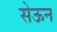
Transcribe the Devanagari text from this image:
सेऊन